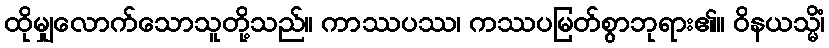
ထိုမျှလောက်သောသူတို့သည်။ ကာဿပဿ၊ ကဿပမြတ်စွာဘုရား၏။ ဝိနယသ္မိံ၊